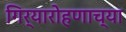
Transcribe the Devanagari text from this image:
गिर्यारोहणाच्या